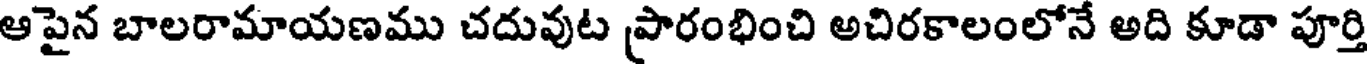
ఆపైన బాలరామాయణము చదువుట ప్రారంభించి అచిరకాలంలోనే అది కూడా పూర్తి